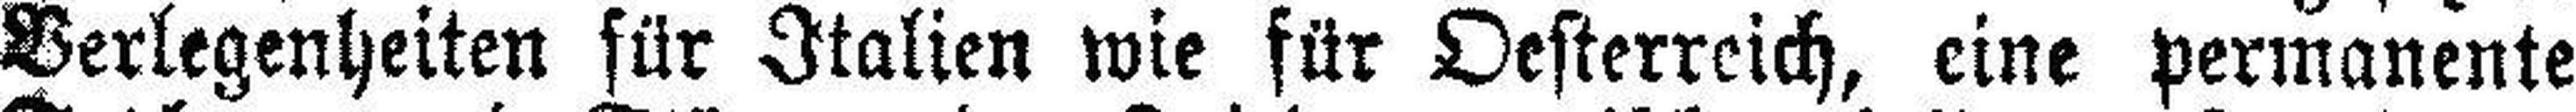
Verlegenheiten für Italien wie für Oesterreich, eine permanente